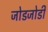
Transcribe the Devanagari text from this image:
जोडजोडी